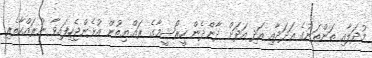
މުދަލާއި ތަންތަނުގެ އަދަދާއި އަދި އަދަށް ދާންދެން ހީރޯޝީމާގެ ރައްޔިތުން އުޅެންޖެހިފައިވާ ނުރައްކާތެރި